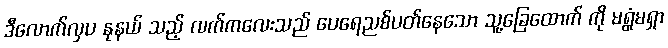
ဒီလောက်လှပ နုနယ် သည့် လက်ကလေးသည် ပေရေညစ်ပတ်နေသော သူ့ခြေထောက် ကို မရွံမရှာ